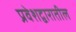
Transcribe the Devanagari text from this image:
प्रवेशद्वारातील